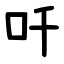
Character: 吀